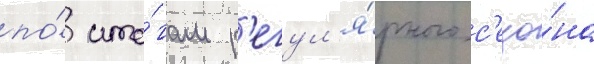
по́ ито́гам р'егул'я́рного с'езо́на